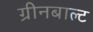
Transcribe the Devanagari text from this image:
ग्रीनबाल्ट